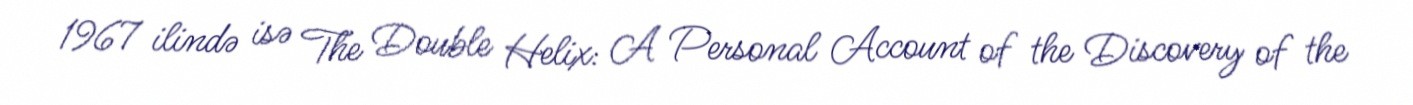
1967 ilində isə The Double Helix: A Personal Account of the Discovery of the